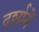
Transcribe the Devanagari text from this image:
दर्शानें